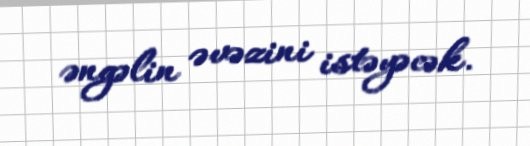
əngəlin əvəzini istəyəcək.